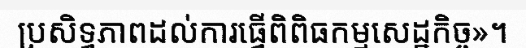
ប្រសិទ្ធភាពដល់ការធ្វើពិពិធកម្មសេដ្ឋកិច្ច»។